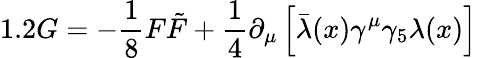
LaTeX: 1.2G=-\frac{1}{8}F\tilde{F}+\frac{1}{4}\partial_{\mu}\left[\bar{\lambda}(x)\gamma^{\mu}\gamma_{5}\lambda(x)\right]